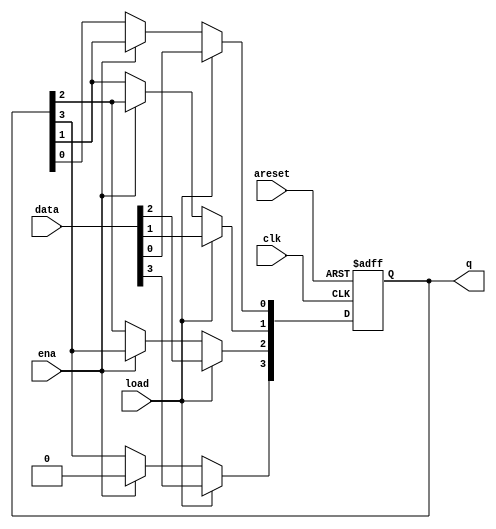
module top_module(
    input clk,
    input areset,  // async active-high reset to zero
    input load,
    input ena,
    input [3:0] data,
    output reg [3:0] q); 
    integer i;
    always@(posedge clk or posedge areset)begin
        if(areset) q<='0;
        else begin
            if(load) begin
                q<=data;
            end
            else begin
                if(ena) begin
                    for(i=0;i<3;i=i+1)begin
                        q[i]<=q[i+1];
                    end
                    q[3]<=0;
                end
                else q<=q;
            end
        end
    end
endmodule
module top_module(
	input clk,
	input areset,
	input load,
	input ena,
	input [3:0] data,
	output reg [3:0] q);
	
	// Asynchronous reset: Notice the sensitivity list.
	// The shift register has four modes:
	//   reset
	//   load
	//   enable shift
	//   idle -- preserve q (i.e., DFFs)
	always @(posedge clk, posedge areset) begin
		if (areset)		// reset
			q <= 0;
		else if (load)	// load
			q <= data;
		else if (ena)	// shift is enabled
			q <= q[3:1];	// Use vector part select to express a shift.
	end
	
endmodule